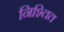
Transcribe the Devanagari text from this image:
निश्तित